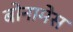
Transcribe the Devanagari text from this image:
बोनामेस